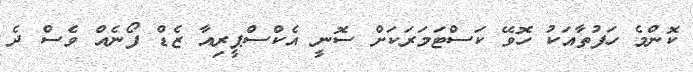
ކޮންމެ ހަފުތާއަކު ހޮވޭ ކަސްޓަމަރަކަށް ސޮނީ އެކްސްޕީރިއާ ޒެޑް ފޯނެއް ވެސް ދެ